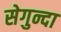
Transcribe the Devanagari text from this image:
सेगुन्दा